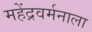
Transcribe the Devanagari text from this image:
महेंद्रवर्मनाला